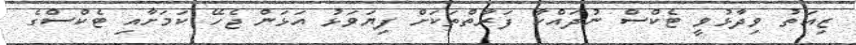
ޒިއަތު ވިދާޅުވީ ޓެކްސް ނުދައްކާ ފަރާތްތަކަށް ފިޔަވަޅު އަޅަން ޖެހޭ ކަމަށާއި ޓެކްސްގެ